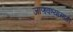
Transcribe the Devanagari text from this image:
जाणवण्यासाठी